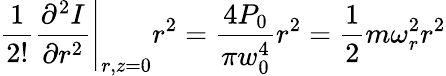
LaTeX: {\frac{1}{2!}}{\frac{\partial^{2}I}{\partial r^{2}}}{\Biggr|}_{r,z=0}r^{2}={\frac{4P_{0}}{\pi w_{0}^{4}}}r^{2}={\frac{1}{2}}m\omega_{r}^{2}r^{2}